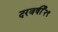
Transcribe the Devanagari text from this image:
दरवर्षी२९